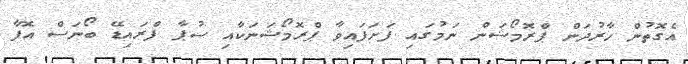
އެގޮތުން ހާރުދަން ޕްރޮމޯޝަން ނަމުގައި ފަށަފައިވާ ޕްރޮމޯޝަނަކާއި ސުޕާ ފްރައިޑޭ ބޯނަސް އޮފާ